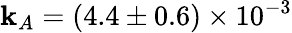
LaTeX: \mathbf{k}_{A}=(4.4\pm0.6)\times10^{-3}